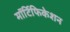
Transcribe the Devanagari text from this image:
मॉर्टिफिकेशन